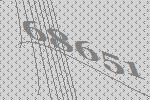
68651